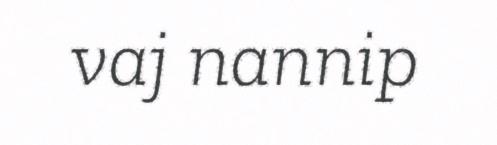
vaj nannip